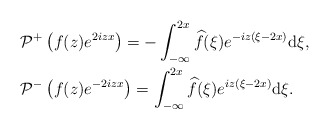
\begin{align*}&\mathcal{P}^+\left(f(z) e^{2iz x}\right) =-\int_{-\infty}^{2x}\widehat{f}(\xi)e^{-iz(\xi-2x ) }\mathrm{d}\xi,\\&\mathcal{P}^-\left(f(z) e^{-2iz x}\right) =\int_{-\infty}^{ 2x} \widehat{f}(\xi)e^{ iz(\xi-2x ) }\mathrm{d}\xi.\end{align*}